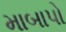
માબાપો